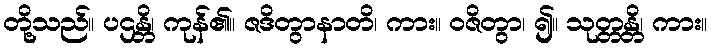
တို့သည်။ ပဌန္တိ၊ ကုန်၏။ ဇဒိတွာနာတိ၊ ကား။ ဝဇိတွာ၊ ၍။ သုတ္တန္တိ၊ ကား။